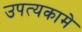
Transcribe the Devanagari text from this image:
उपत्यकामे